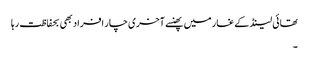
تھائی لینڈ کے غار میں پھنسے آخری چار افراد بھی بحفاظت رہا
۔